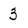
Character: 3